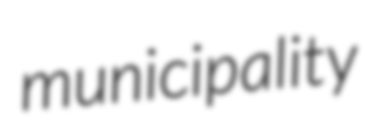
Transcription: municipality